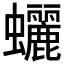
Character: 𧕯